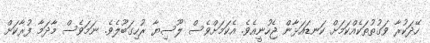
ހޭދަކުރާ ވަގުތުތަކެއްކަމަށް ކަނޑައަޅާން ޖެހުނީއެވެ. އެކަމަށްވެސް ލޫސިޔާ ރުހިގަބޫލެވެ. ނަމަވެސް މާދަމާ ފުރާކަށް